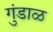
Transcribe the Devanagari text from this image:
गुंडाळ